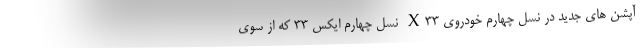
آپشن های جدید در نسل چهارم خودروی X33 نسل چهارم ایکس 33 که از سوی